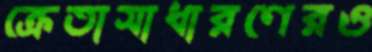
ক্রেতাসাধারণেরও